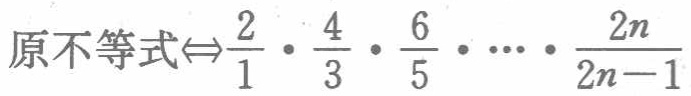
原不等式\(\Leftrightarrow\frac{2}{1}\cdot\frac{4}{3}\cdot\frac{6}{5}\cdot\cdots\cdot\frac{2n}{2n - 1}\)